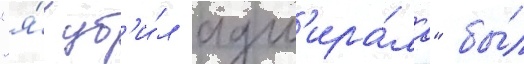
"я́ уб'и́л адм'ира́ла" бы́л